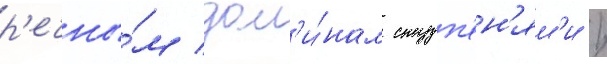
р'ечны́м дол'и́нам ступ'ен'ям'и /